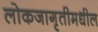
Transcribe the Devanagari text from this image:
लोकजागृतीमधील